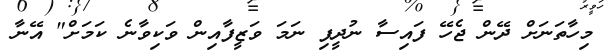
މިހާތަނަށް ދޭން ޖެހޭ ފައިސާ ނުދީފި ނަމަ ވަޒީފާއިން ވަކިވާނެ ކަމަށް" އޭނާ